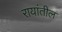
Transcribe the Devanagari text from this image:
रायांतील